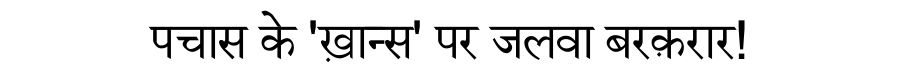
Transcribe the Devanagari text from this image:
पचास के 'ख़ान्स' पर जलवा बरक़रार!